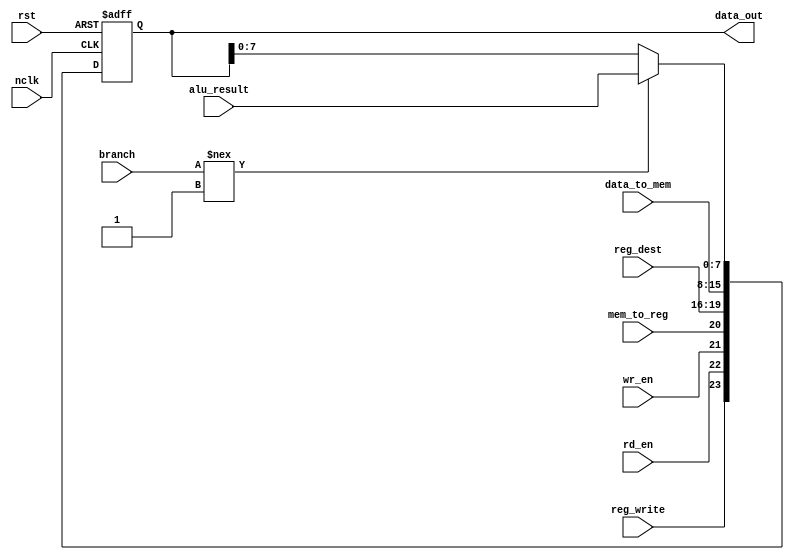
module PipelineReg_EXMEM(nclk,rst,alu_result,data_to_mem,reg_dest,reg_write,rd_en,wr_en,mem_to_reg,branch,data_out);
  input [7:0] alu_result;
  input [7:0] data_to_mem;
  input [3:0] reg_dest;
  input rd_en,wr_en,mem_to_reg,reg_write,rst,branch;
  input nclk;
  output reg[23:0] data_out;
  
  always @(posedge nclk or posedge rst) begin
    if (rst)
      data_out <= 0;
    else begin
      if (branch !== 1'b1) 
      	data_out[7:0] <= alu_result;
      data_out[15:8] <= data_to_mem;
      data_out[19:16] <= reg_dest;
      data_out[23:20] <= {reg_write,rd_en,wr_en,mem_to_reg};
    end
  end
endmodule